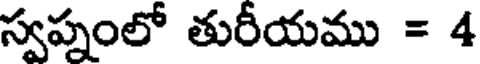
స్వప్నంలో తురీయము = 4